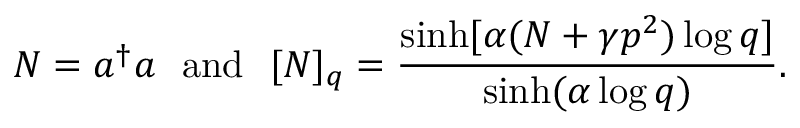
N = a ^ { \dagger } a ~ ~ \mathrm { a n d } ~ ~ [ N ] _ { q } = \frac { \sinh [ \alpha ( N + \gamma p ^ { 2 } ) \log q ] } { \sinh ( \alpha \log q ) } .